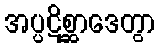
အပ္ပဋိစ္ဆာဒေတွာ